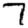
Digit: 7